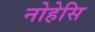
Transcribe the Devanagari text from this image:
नोहेसि